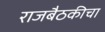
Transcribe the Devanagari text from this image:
राजबैठकीचा